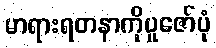
မာရားရတနာကိုပူဇော်ပုံ